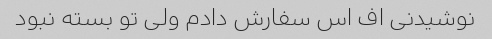
نوشیدنی اف اس سفارش دادم ولی تو بسته نبود